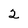
Character: 2